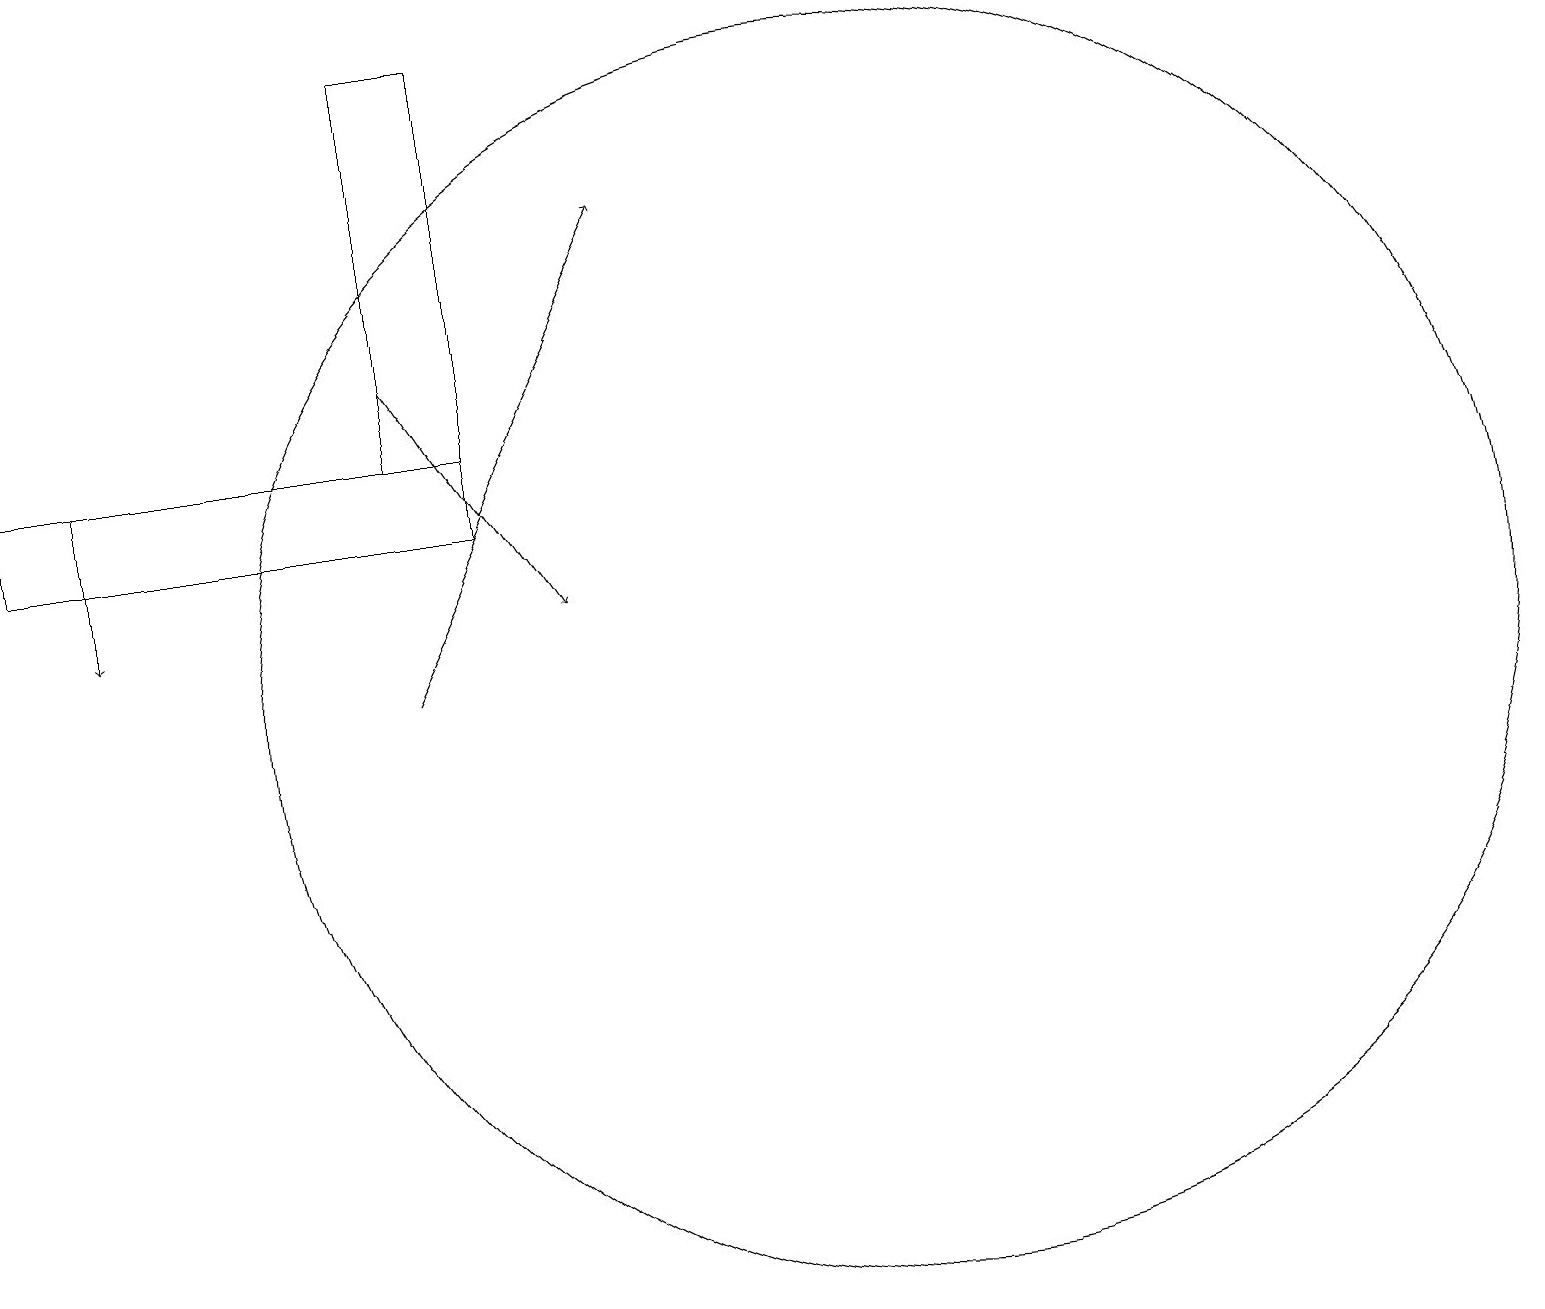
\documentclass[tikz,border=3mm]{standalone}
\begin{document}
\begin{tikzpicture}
\draw[->] (6,11) -- (9,17);
\draw (7,14) rectangle (6,19);
\draw[->] (6,15) -- (8,12);
\draw[->] (2,14) -- (2,12);
\draw (12,11) circle (8);
\draw (7,13) rectangle (1,14);
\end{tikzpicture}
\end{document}